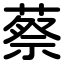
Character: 蔡